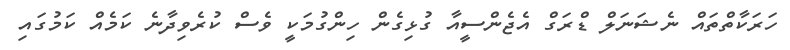
ހަރަކާތްތައް ނެޝަނަލް ޑްރަގް އެޖެންސީއާ ގުޅިގެން ހިންގުމަކީ ވެސް ކުރެވިދާނެ ކަމެއް ކަމުގައި